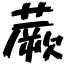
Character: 蕨